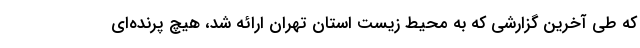
که طی آخرین گزارشی که به محیط زیست استان تهران ارائه شد، هیچ پرنده‌ای